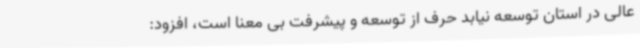
عالی در استان توسعه نیابد حرف از توسعه و پیشرفت بی معنا است، افزود: